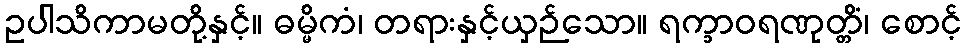
ဥပါသိကာမတို့နှင့်။ ဓမ္မိကံ၊ တရားနှင့်ယှဉ်သော။ ရက္ခာဝရဏုတ္တိံ၊ စောင့်